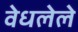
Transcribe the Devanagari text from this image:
वेधलेले